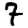
Digit: 7